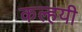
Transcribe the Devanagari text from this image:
कल्हयी